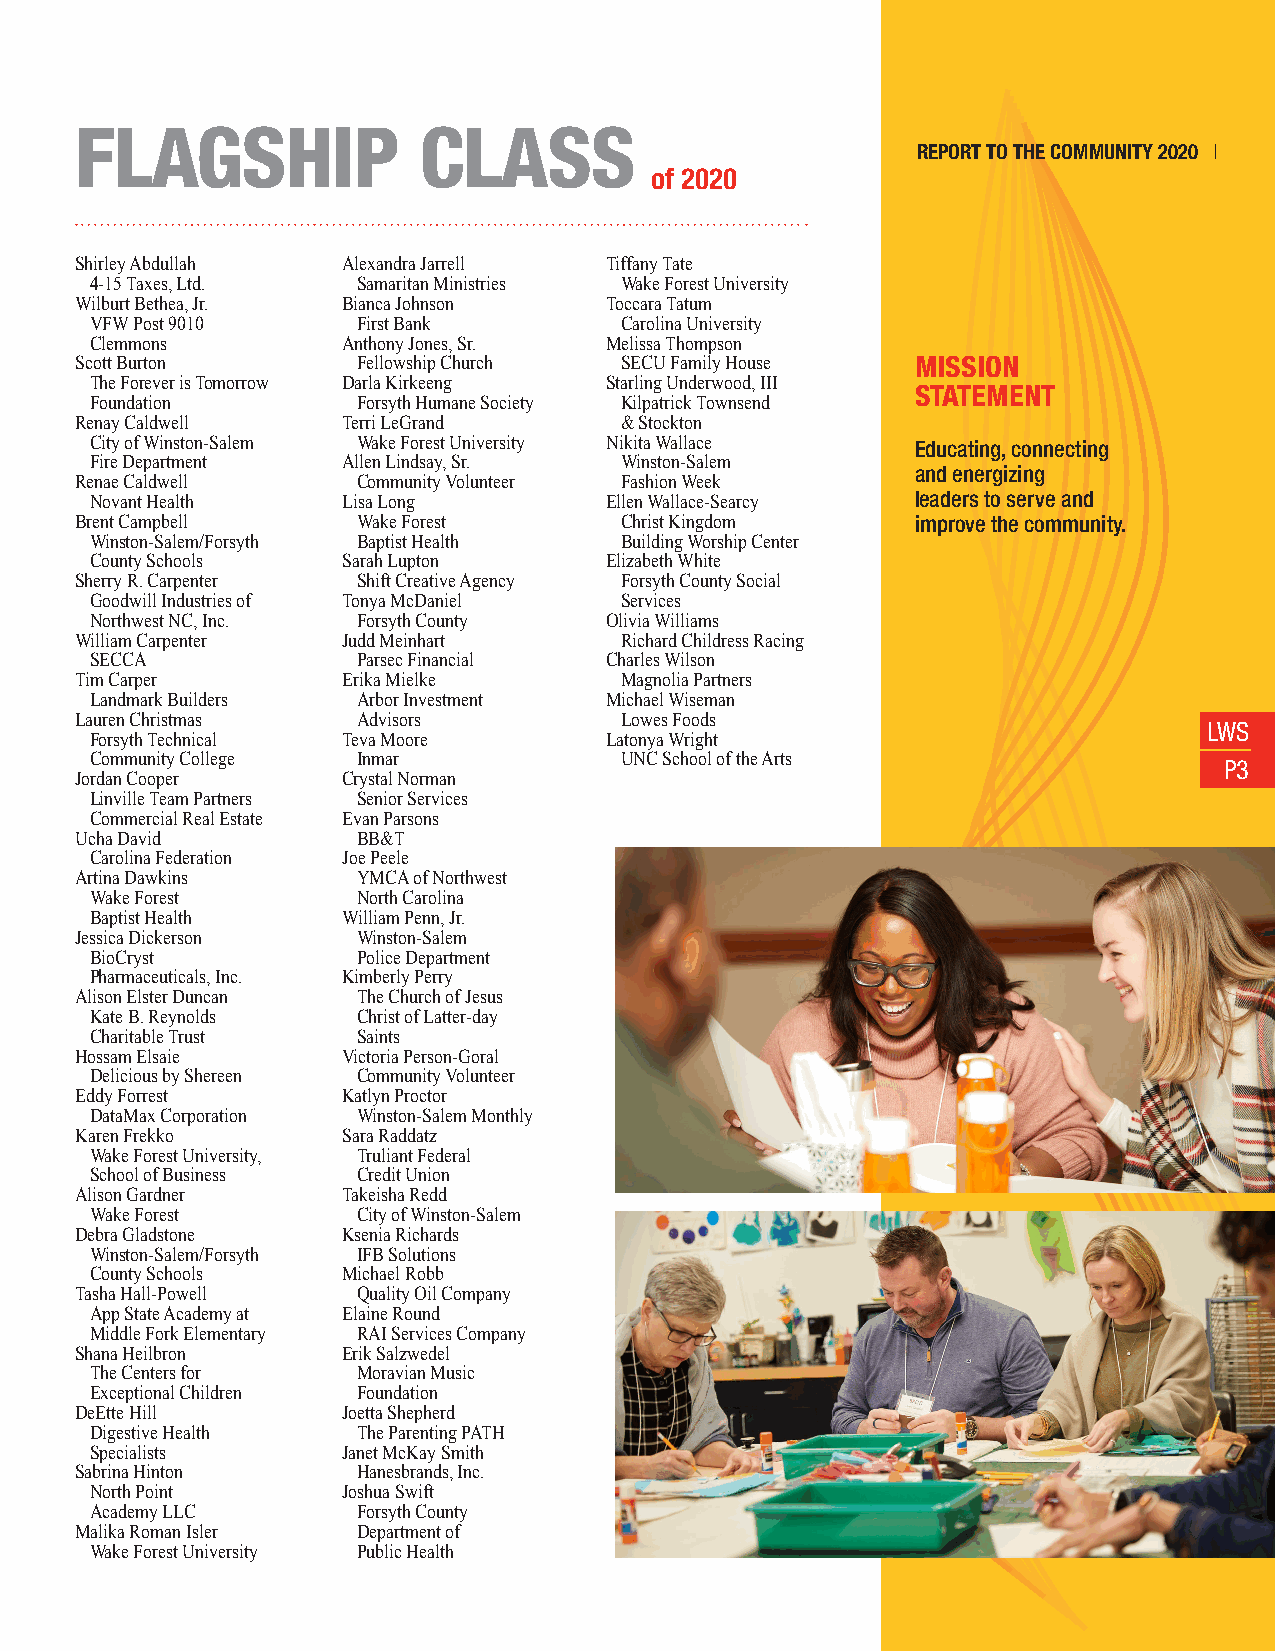
FLAGSHIP               CLASS
 REPORT TO THE COMMUNITY 2020 |
 of 2020
 Shirley Abdullah  Alexandra Jarrell Tiffany Tate
 4-15 Taxes, Ltd.  Samaritan Ministries Wake Forest University
 Wilburt Bethea, Jr. Bianca Johnson Toccara Tatum
 VFW Post 9010     First Bank       Carolina University
 Clemmons         Anthony Jones, Sr. Melissa Thompson
 Scott Burton       Fellowship Church SECU Family House  MISSION
 The Forever is Tomorrow Darla Kirkeeng Starling Underwood, III
 STATEMENT
 Foundation        Forsyth Humane Society Kilpatrick Townsend
 Renay Caldwell    Terri LeGrand     & Stockton
 City of Winston-Salem Wake Forest University Nikita Wallace Educating, connecting
 Fire Department  Allen Lindsay, Sr. Winston-Salem
 and energizing
 Renae Caldwell     Community Volunteer Fashion Week
 Novant Health    Lisa Long        Ellen Wallace-Searcy leaders to serve and
 Brent Campbell     Wake Forest      Christ Kingdom      improve the community.
 Winston-Salem/Forsyth Baptist Health Building Worship Center
 County Schools   Sarah Lupton     Elizabeth White
 Sherry R. Carpenter Shift Creative Agency Forsyth County Social
 Goodwill Industries of Tonya McDaniel Services
 Northwest NC, Inc. Forsyth County Olivia Williams
 William Carpenter Judd Meinhart     Richard Childress Racing
 SECCA             Parsec Financial Charles Wilson
 Tim Carper        Erika Mielke      Magnolia Partners
 Landmark Builders Arbor Investment Michael Wiseman
 Lauren Christmas   Advisors         Lowes Foods
 LWS
 Forsyth Technical Teva Moore      Latonya Wright
 Community College Inmar            UNC School of the Arts
 P3
 Jordan Cooper     Crystal Norman
 Linville Team Partners Senior Services
 Commercial Real Estate Evan Parsons
 Ucha David         BB&T
 Carolina Federation Joe Peele
 Artina Dawkins     YMCA of Northwest
 Wake Forest       North Carolina
 Baptist Health   William Penn, Jr.
 Jessica Dickerson  Winston-Salem
 BioCryst          Police Department
 Pharmaceuticals, Inc. Kimberly Perry
 Alison Elster Duncan The Church of Jesus
 Kate B. Reynolds  Christ of Latter-day
 Charitable Trust  Saints
 Hossam Elsaie     Victoria Person-Goral
 Delicious by Shereen Community Volunteer
 Eddy Forrest      Katlyn Proctor
 DataMax Corporation Winston-Salem Monthly
 Karen Frekko      Sara Raddatz
 Wake Forest University, Truliant Federal
 School of Business Credit Union
 Alison Gardner    Takeisha Redd
 Wake Forest       City of Winston-Salem
 Debra Gladstone   Ksenia Richards
 Winston-Salem/Forsyth IFB Solutions
 County Schools   Michael Robb
 Tasha Hall-Powell  Quality Oil Company
 App State Academy at Elaine Round
 Middle Fork Elementary RAI Services Company
 Shana Heilbron    Erik Salzwedel
 The Centers for   Moravian Music
 Exceptional Children Foundation
 DeEtte Hill       Joetta Shepherd
 Digestive Health  The Parenting PATH
 Specialists      Janet McKay Smith
 Sabrina Hinton     Hanesbrands, Inc.
 North Point      Joshua Swift
 Academy LLC       Forsyth County
 Malika Roman Isler Department of
 Wake Forest University Public Health